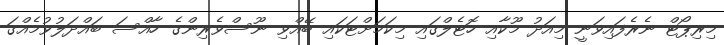
މިރިޕޯޓް ނެރެފައިވަނީ މިއަދު މޫކާއި ހޮޓެލްގައި މިކަމަށްޓަކައި ބޭއްވި ނޫސްވެރިންގެ ހާއްސަ ބައްދަލުވުމެއްގަ